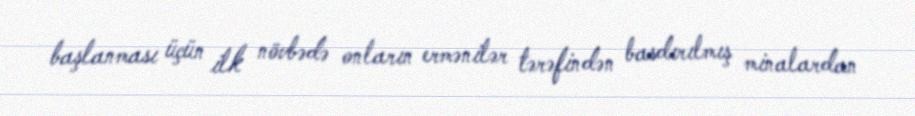
başlanması üçün ilk növbədə onların ermənilər tərəfindən basdırılmış minalardan